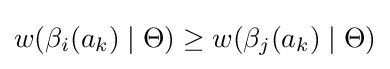
w(\beta _{i}(a_{k})\mid \Theta )\geq w(\beta _{j}(a_{k})\mid \Theta )